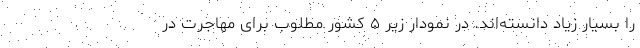
را بسیار زیاد دانسته‌اند. در نمودار زیر ۵ کشور مطلوب برای مهاجرت در